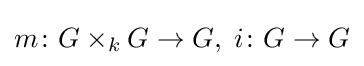
m\colon G\times _{k}G\to G,\;i\colon G\to G